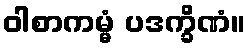
ဝါစာကမ္မံ ပဒက္ခိဏံ။